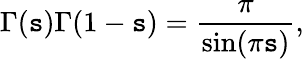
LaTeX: \Gamma(\mathtt{s})\Gamma(1-\mathtt{s})={\frac{{\pi}}{{\sin(\pi\mathtt{s})}}},